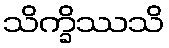
သိက္ခိဿသိ